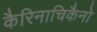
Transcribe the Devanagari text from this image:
कैरिनाचिकैनो